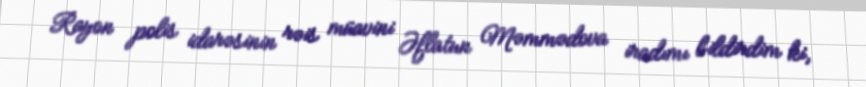
Rayon polis idarəsinin rəis müavini Əflatun Məmmədova iradımı bildirdim ki,